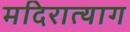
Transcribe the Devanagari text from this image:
मदिरात्याग